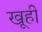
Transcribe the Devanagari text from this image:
खूही